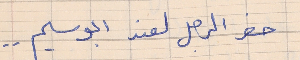
حضر الرجل لعند ابو سليم . .